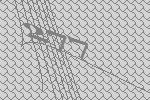
277